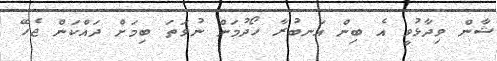
ޝާން ވިދާޅުވީ އެ ބިން އަނބުރާ ހޯދުމަށް ނުވަތަ ބިމަށް ދައްކަން ޖެހޭ